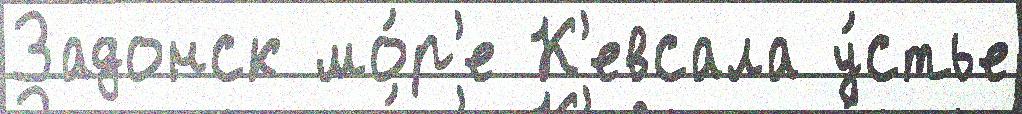
Задонск мо́р'е К'евсала у́стье